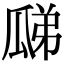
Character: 𤫼